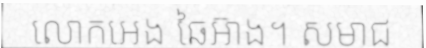
លោកអេង ឆៃអ៊ាង។ សមាជ